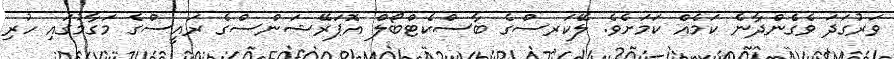
ވަރުގަދަ ވެގެންދާނެ ކަމެއް ކަމަށެވެ. ލޭކަރސްގެ ބާސްކެޓްބޯލް އޮޕަރޭޝަންސްގެ ރައީސްގެ މަގާމުގައި ހުރި